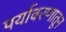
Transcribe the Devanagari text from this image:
पर्यावरणातून